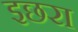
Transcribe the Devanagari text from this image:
इछरा